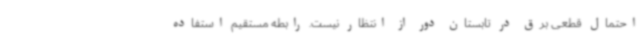
احتمال قطعی برق در تابستان دور از انتظار نیست. رابطه مستقیم استفاده